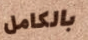
بالكامل